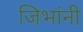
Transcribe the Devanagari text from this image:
जिभांनी